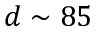
d \sim 8 5